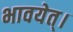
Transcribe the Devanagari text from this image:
भावयेत्‌।